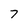
Character: 7